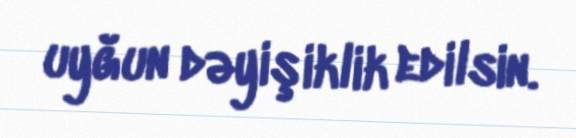
uyğun dəyişiklik edilsin.